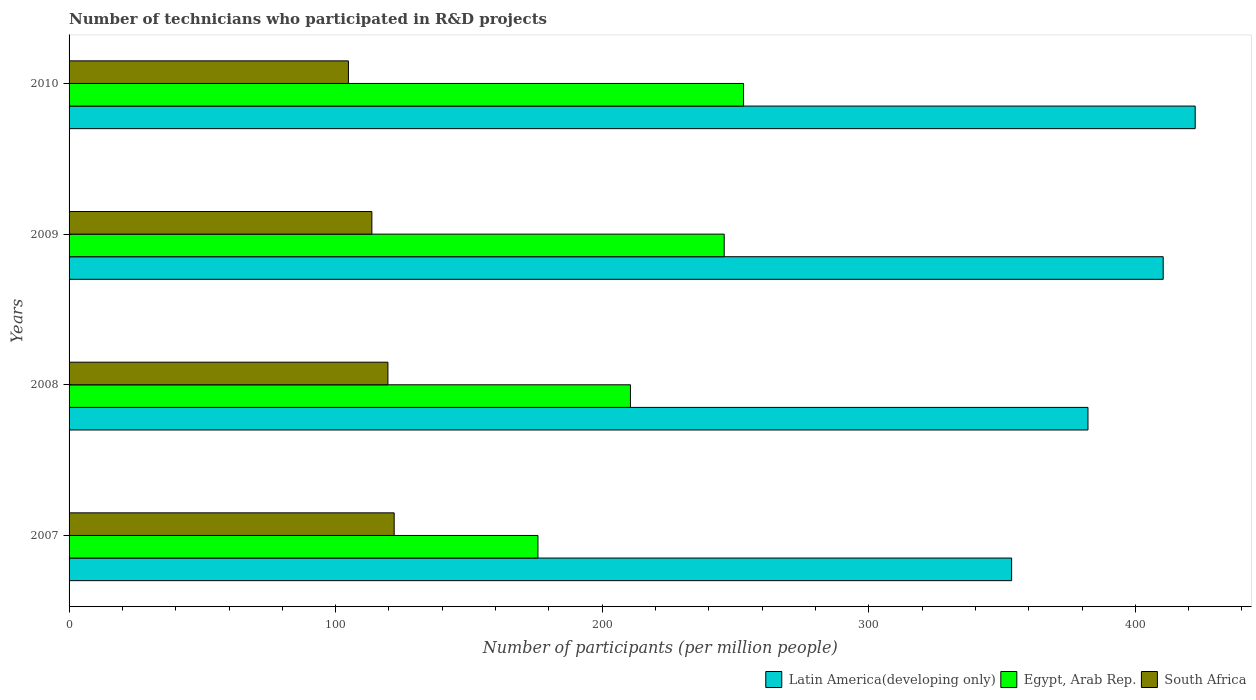
| Years | Latin America(developing only) | Egypt, Arab Rep. | South Africa |
 | --- | --- | --- | --- |
 | 2007 | 354 | 176 | 122 |
 | 2008 | 382 | 211 | 120 |
 | 2009 | 410 | 246 | 114 |
 | 2010 | 422 | 253 | 105 |